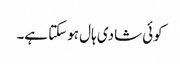
کوئی شادی ہال ہوسکتا ہے۔